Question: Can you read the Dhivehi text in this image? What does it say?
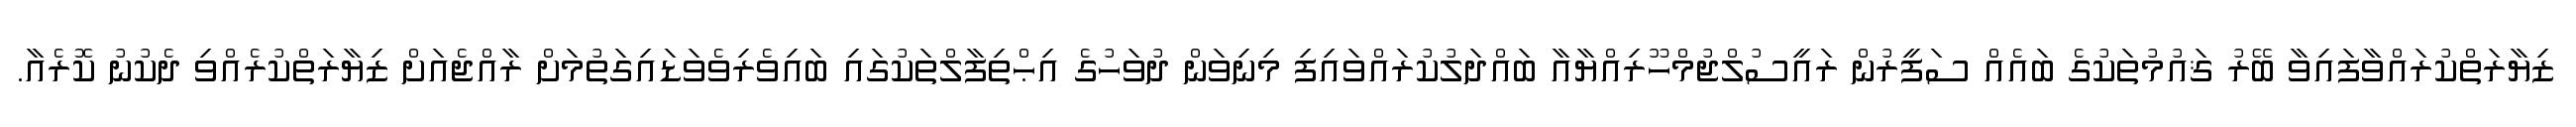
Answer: ޒިޔާރަތްކުރައްވާފައިވާ ބޭރު ޤައުމުތަކުގެ ބައެއް ސަފީރުން ރައީސުލްޖުމްހޫރިއްޔާއާ ބައްދަލުކުރައްވައިފި މިނިވަން ދުވަހުގެ އިޙްތިފާލްތަކުގައި ބައިވެރިވެވަޑައިގަތުމަށް ރާއްޖެއަށް ޒިޔާރަތްކުރެއްވި ދެކުނު ކޮރެއާ.